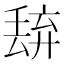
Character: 𬻭